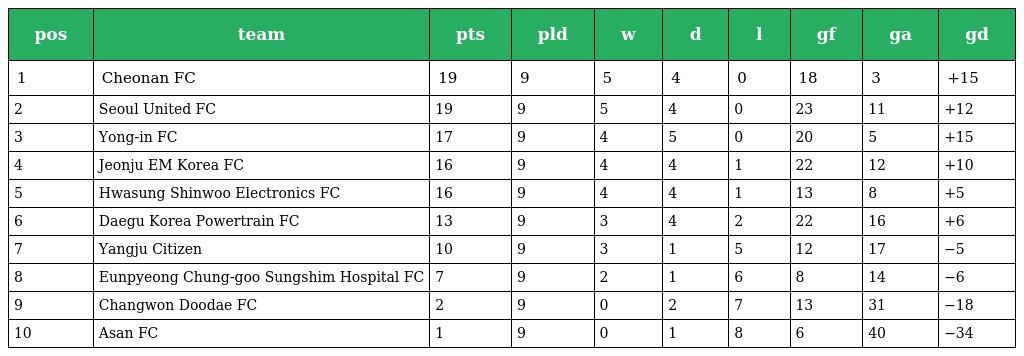
| pos | team | pts | pld | w | d | l | gf | ga | gd |
 | --- | --- | --- | --- | --- | --- | --- | --- | --- | --- |
 | 1 | Cheonan FC | 19 | 9 | 5 | 4 | 0 | 18 | 3 | +15 |
 | 2 | Seoul United FC | 19 | 9 | 5 | 4 | 0 | 23 | 11 | +12 |
 | 3 | Yong-in FC | 17 | 9 | 4 | 5 | 0 | 20 | 5 | +15 |
 | 4 | Jeonju EM Korea FC | 16 | 9 | 4 | 4 | 1 | 22 | 12 | +10 |
 | 5 | Hwasung Shinwoo Electronics FC | 16 | 9 | 4 | 4 | 1 | 13 | 8 | +5 |
 | 6 | Daegu Korea Powertrain FC | 13 | 9 | 3 | 4 | 2 | 22 | 16 | +6 |
 | 7 | Yangju Citizen | 10 | 9 | 3 | 1 | 5 | 12 | 17 | −5 |
 | 8 | Eunpyeong Chung-goo Sungshim Hospital FC | 7 | 9 | 2 | 1 | 6 | 8 | 14 | −6 |
 | 9 | Changwon Doodae FC | 2 | 9 | 0 | 2 | 7 | 13 | 31 | −18 |
 | 10 | Asan FC | 1 | 9 | 0 | 1 | 8 | 6 | 40 | −34 |